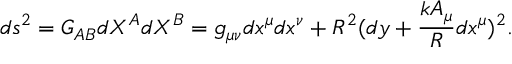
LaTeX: d s ^ { 2 } = G _ { A B } { d X ^ { A } } { d X ^ { B } } = g _ { \mu \nu } d x ^ { \mu } d x ^ { \nu } + R ^ { 2 } ( d y + \frac { k A _ { \mu } } { R } d x ^ { \mu } ) ^ { 2 } .